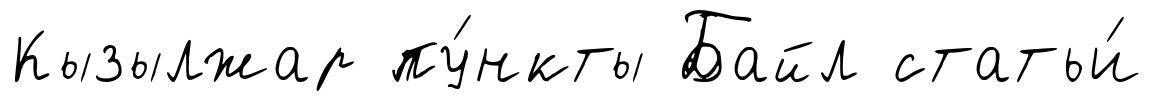
Кызылжар пу́нкты Байл статьи́